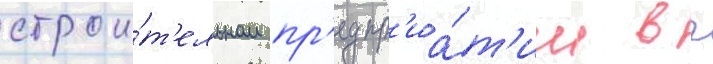
строи́т'ельном пр'едпр'иа́т'ии в г